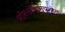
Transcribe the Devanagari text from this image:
नॉनओक्स्यनोल